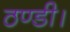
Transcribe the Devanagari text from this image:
ठण्डी।